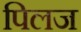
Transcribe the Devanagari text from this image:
पिलज